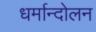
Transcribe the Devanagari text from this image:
धर्मान्दोलन